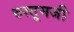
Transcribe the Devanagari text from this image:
रुस्तूमजी